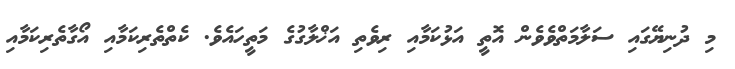
މި ދުނިޔޭގައި ސަލާމަތްވެވެން އޮތީ އަޅުކަމާއި ރިވެތި އަޚްލާގުގެ މަތީހައެވެ. ކެތްތެރިކަމާއި އޯގާތެރިކަމާއި